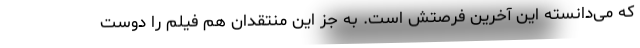
که می‌دانسته این آخرین فرصتش است. به جز این منتقدان هم فیلم را دوست